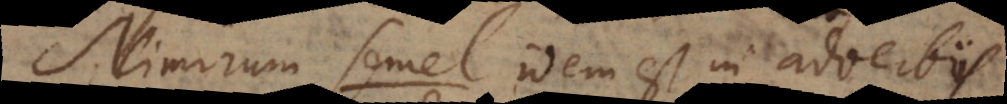
Nimirum semel idem est in adverbiis